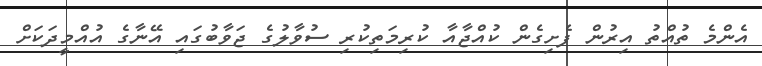
އެންމެ ތުއްތު އިރުން ފެށިގެން ކުއްޖާއާ ކުރިމަތިކުރި ސުވާލުގެ ޖަވާބުގައި އޭނާގެ އުއްމީދަކަށް